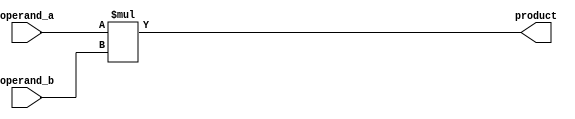
module multiplier (
  input [31:0] operand_a,
  input [31:0] operand_b,
  output reg [63:0] product
);

always @(*) begin
  product = operand_a * operand_b;
end

endmodule